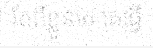
តែពីខ្លួនគេ គេធ្វើ